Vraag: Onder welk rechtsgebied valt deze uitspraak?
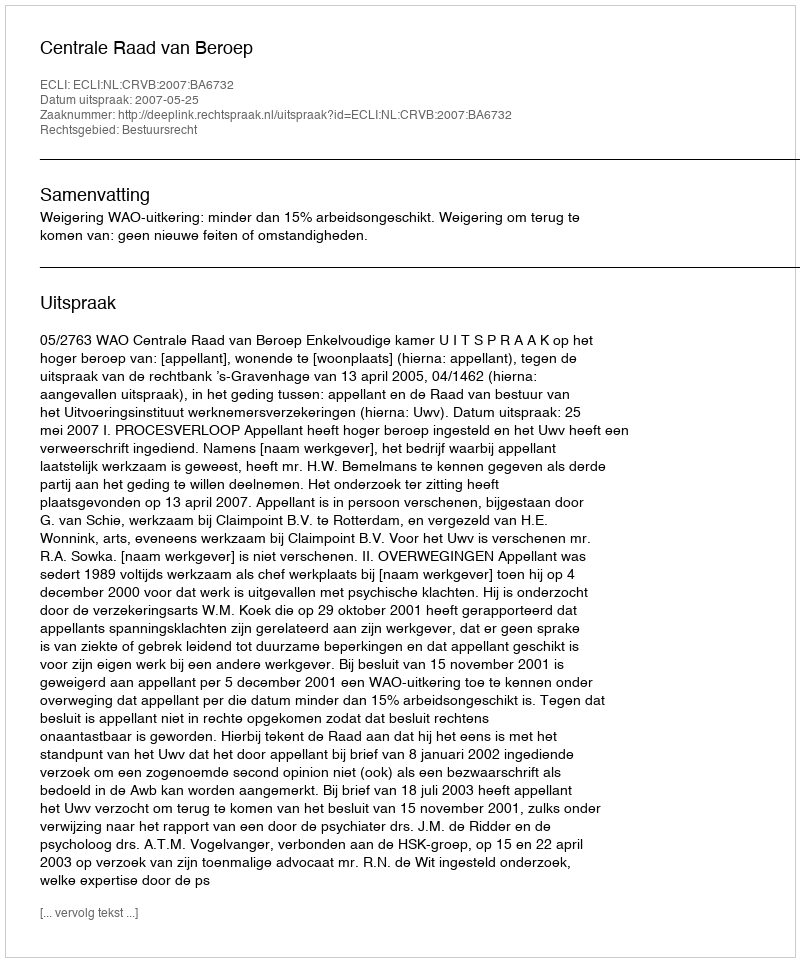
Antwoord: Bestuursrecht